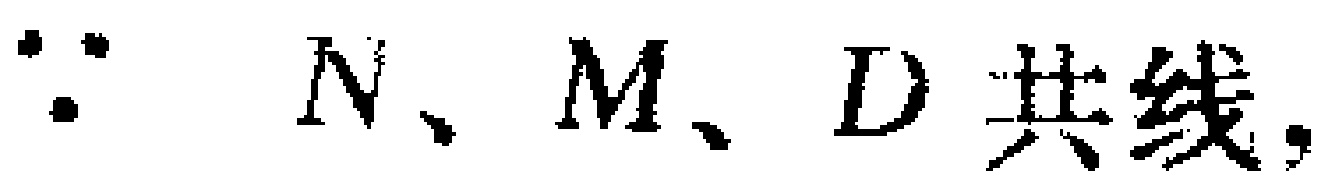
$\because N、M、D\text{共线},$